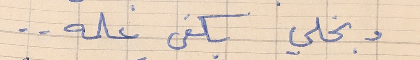
وبخلي يكفي علمه . .